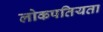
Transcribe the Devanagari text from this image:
लोकपतियता